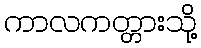
ကာလကတ္တားသို့